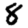
Digit: 8